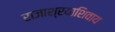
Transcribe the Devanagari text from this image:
राजाश्रयाशिवाय